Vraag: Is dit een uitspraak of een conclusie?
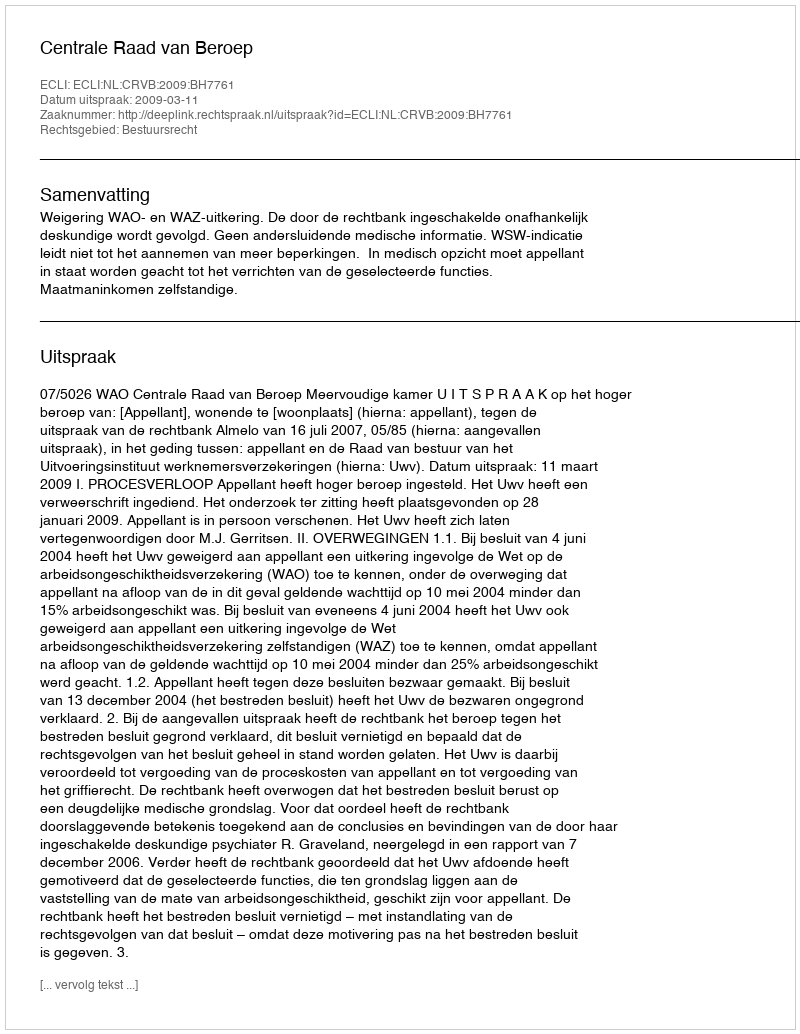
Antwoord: Uitspraak